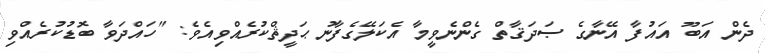
ދެން އަބޫ އައުފާ އޭނާގެ ޞަދަޤާތް ގެންނެވީމާ އެކަލޭގެފާނު ޙަދީޘްކުރެއްވިއެވެ: "ހައްދަވާ ބޮޑުކުރެއްވި